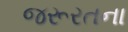
જરૂરતના